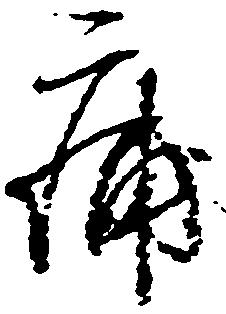
痛